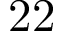
2 2